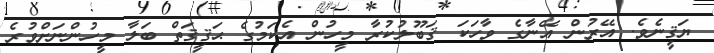
ޔަޤީނެވެ. އޭރުން އޭނާގެ ވާހަކަ ޤަބޫލުކުރާ މީހުން އެކަމުގެ ޙަޤީޤަތް ބަލާ މީހުންނަށްވުރެ